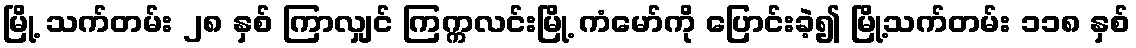
မြို့ သက်တမ်း ၂၈ နှစ် ကြာလျှင် ကြက္ကလင်းမြို့ ကံမော်ကို ပြောင်းခဲ့၍ မြို့သက်တမ်း ၁၁၈ နှစ်